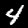
Digit: 4